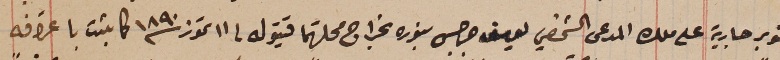
صنوبر جارية على ملك المدعى الشخصي يوسف جرجس بنوره بخراج محلتهما قيتولى فى ١١ تموز سنة ١٨٩٠ كما ثبت باعترافه